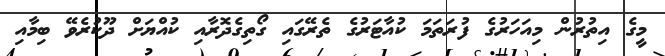
މީގެ އިތުރުން މިއަހަރުގެ ފުރަތަމަ ކުއާޓަރުގެ ތެރޭގައި ގޯތިގެދޮރާއި ކުއްޔަށް ދޫކުރެވޭ ބިމާއި